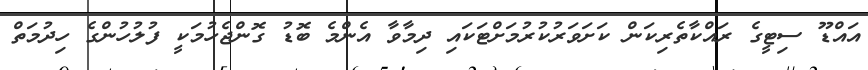
އައްޑޫ ސިޓީގެ ރައްކާތެރިކަން ކަށަވަރުކުރުމަށްޓަކައި ދިމާވާ އެންމެ ބޮޑު ގޮންޖެހުމަކީ ފުލުހުންގެ ހިދުމަތް